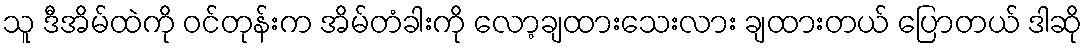
သူ ဒီအိမ်ထဲကို ဝင်တုန်းက အိမ်တံခါးကို လော့ချထားသေးလား ချထားတယ် ပြောတယ် ဒါဆို